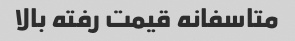
متاسفانه قیمت رفته بالا